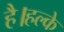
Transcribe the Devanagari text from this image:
है।हल्के